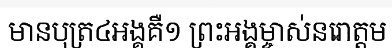
មានបុត្រ៤អង្គគឺ១ ព្រះអង្គម្ចាស់នរោត្តម